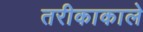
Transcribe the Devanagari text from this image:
तरीकाकाले